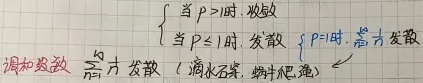
当 \(p > 1\) 时, 收敛；当 \(p \leq 1\) 时, 发散（\(p = 1\) 时, 常发散）。调和级数 \(\sum_{n = 1}^{\infty} \frac{1}{n}\) 发散 (滴水石穿, 蜗牛爬坡)。

\(\begin{cases}
\text{当 } p > 1 \text{ 时, 收敛}\\
\text{当 } p \leq 1 \text{ 时, 发散} \quad \text{（}p = 1 \text{ 时, 常 发散）}
\end{cases}\)